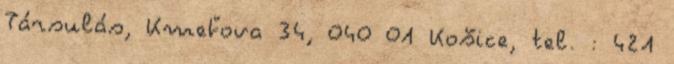
Társulás, Kmeťova 34, 040 01 Košice, tel. : 421